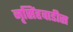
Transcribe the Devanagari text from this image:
नृसिंहवाडीस